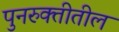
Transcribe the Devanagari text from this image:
पुनरुक्तीतील